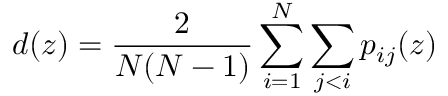
d ( z ) = \frac { 2 } { N ( N - 1 ) } \sum _ { i = 1 } ^ { N } \sum _ { j < i } p _ { i j } ( z )